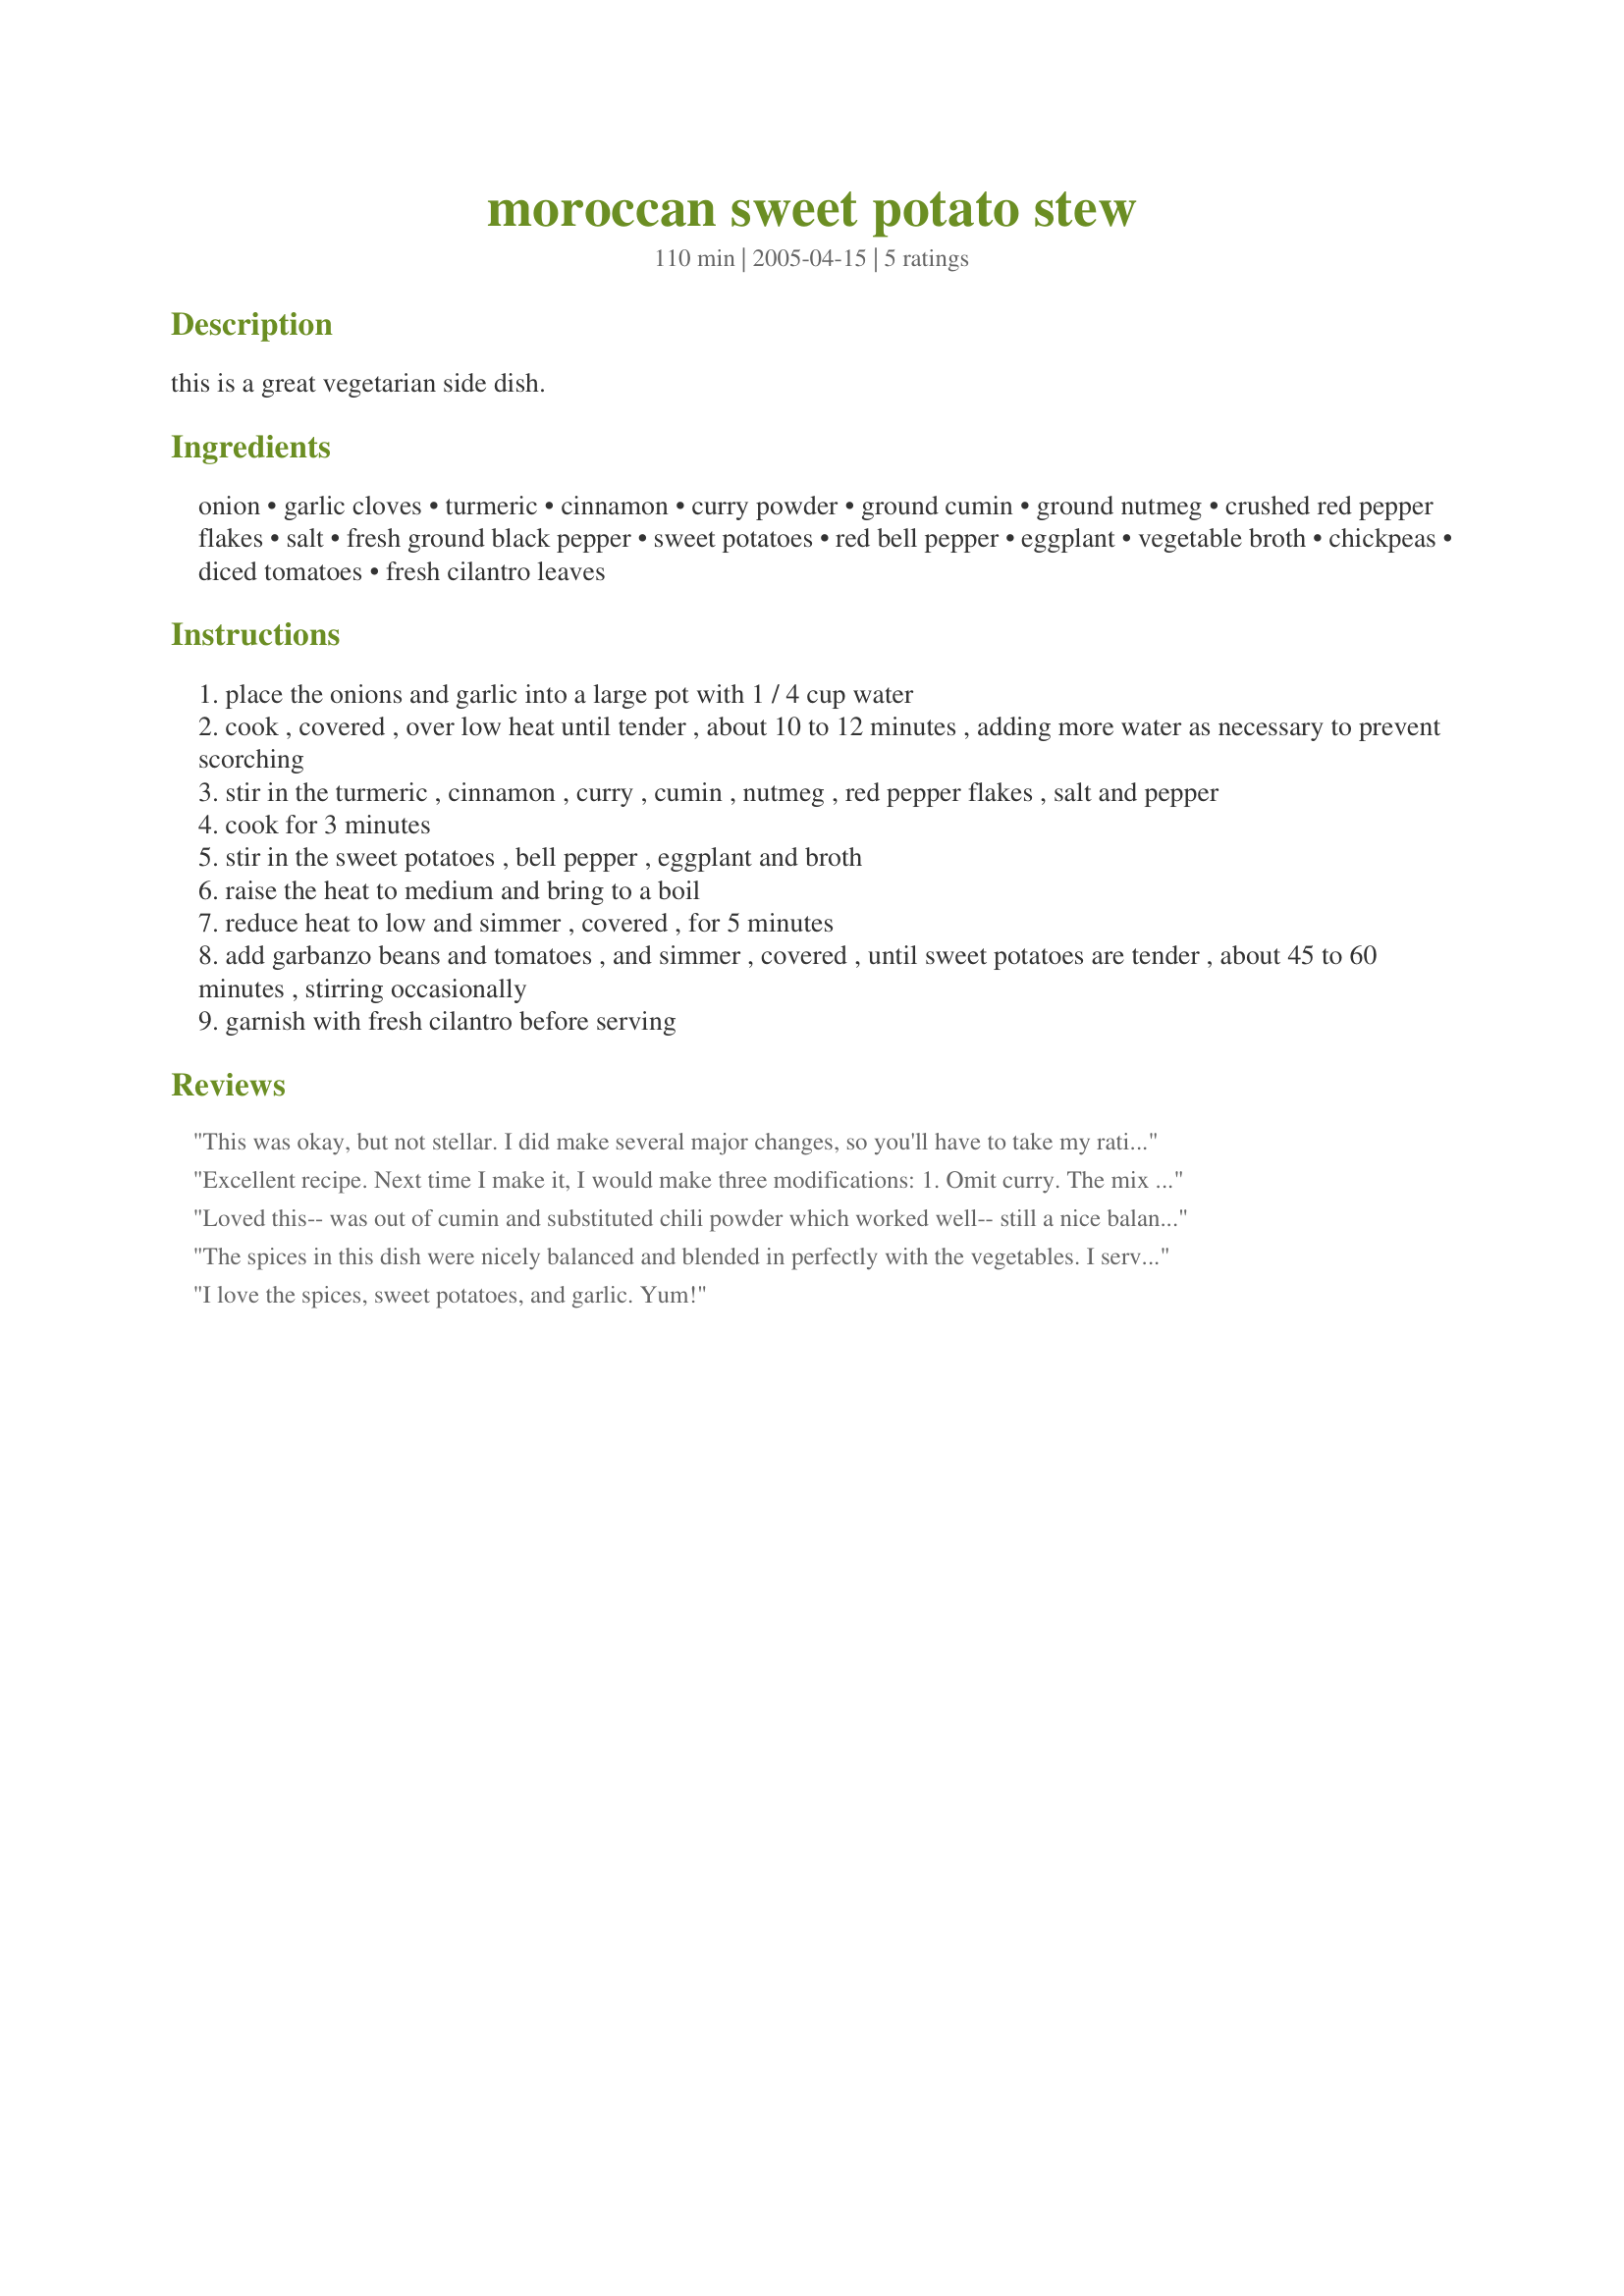
moroccan sweet potato stew
Preparation time: 110 minutes

this is a great vegetarian side dish.

Ingredients:
onion, garlic cloves, turmeric, cinnamon, curry powder, ground cumin, ground nutmeg, crushed red pepper flakes, salt, fresh ground black pepper, sweet potatoes, red bell pepper, eggplant, vegetable broth, chickpeas, diced tomatoes, fresh cilantro leaves

Steps:
place the onions and garlic into a large pot with 1 / 4 cup water
cook , covered , over low heat until tender , about 10 to 12 minutes , adding more water as necessary to prevent scorching
stir in the turmeric , cinnamon , curry , cumin , nutmeg , red pepper flakes , salt and pepper
cook for 3 minutes
stir in the sweet potatoes , bell pepper , eggplant and broth
raise the heat to medium and bring to a boil
reduce heat to low and simmer , covered , for 5 minutes
add garbanzo beans and tomatoes , and simmer , covered , until sweet potatoes are tender , about 45 to 60 minutes , stirring occasionally
garnish with fresh cilantro before serving

Reviews:
This was okay, but not stellar. I did make several major changes, so you'll have to take my rating with a grain of salt. 1) Sub carrots for eggplant, 2) Made it in a crock pot, 3) Used about 2 cups chicken stock and 1 cup water, 4) Sub green bell pepper for red, 5) Used only 1 (15 oz) can of chickpeas. I garnished with raisins and walnuts (suggested by another reviewer) and that made it quite a bit better. Served over white rice. My husband liked it.
Excellent recipe. Next time I make it, I would make three modifications: 
1. Omit curry. The mix of spices is complex and interesting as it is without a curry, which is a mix of spices itself. 
2. I would cut the sweet potatoes and eggplant into larger chunks than the red pepper. More sweet potatoes can be added.
3. Stock can be substituted with water.

This stew is great served hot over bed of rice or couscous. It would be a delicious side dish to grilled halibut or other firm-flesh fish.
Loved this-- was out of cumin and substituted chili powder which worked well-- still a nice balance of spicy and sweet. I chopped the eggplant and sweet potatoes into larger pieces. Also used veggie stock rather than water.
The spices in this dish were nicely balanced and blended in perfectly with the vegetables. I served this dish with couscous and topped with raisins and cashews. My DH and I both cleaned our plates, but both thought the vegetables tasted "watery". I recommend using only 1 can of tomatoes, or leaving them out all together, relying on the broth for cooking.
You always post great curry recipes, Chia.
I love the spices, sweet potatoes, and garlic. Yum!
